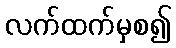
လက်ထက်မှစ၍